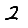
Digit: 2